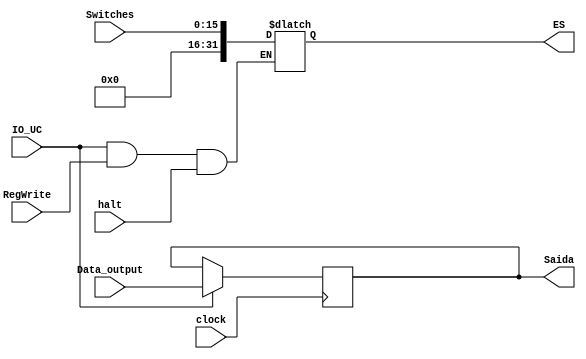
module Modulo_IO 
(
input clock,
input [15:0] Switches,
input [31:0] Data_output,//sada dos dados do processador 
input RegWrite, IO_UC, halt,
output reg [31:0] Saida, 
output reg [31:0] ES

);

	always@ (posedge clock)
		begin
			if (IO_UC==1'B1)
				Saida=Data_output;	
		end
	 
	always@ (*)
		begin
			if ((IO_UC==1'B1) && (RegWrite==1'B1) && (halt==1'B1))
					ES=Switches;				
		end 
		
endmodule